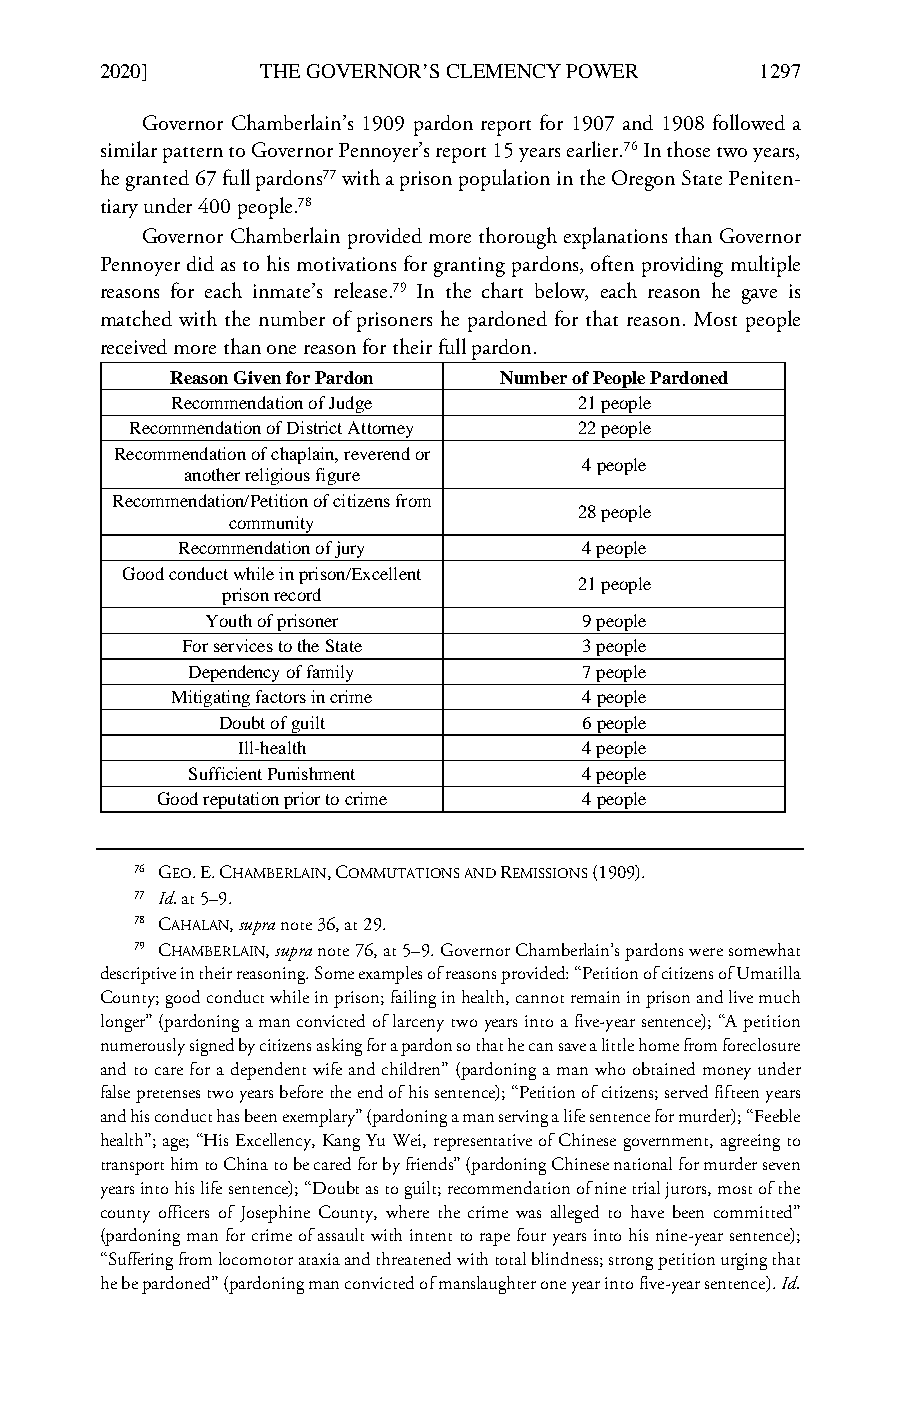
LCB_23_4_Art_4_Kaplan & Mayhew_Correction (Do Not Delete) 2/7/2020 2:20 PM
 2020]      THE GOVERNOR’S CLEMENCY POWER    1297
 Governor Chamberlain’s 1909 pardon report for 1907 and 1908 followed a
 similar pattern to Governor Pennoyer’s report 15 years earlier.76 In those two years,
 he granted 67 full pardons77 with a prison population in the Oregon State Peniten-
 tiary under 400 people.78
 Governor Chamberlain provided more thorough explanations than Governor
 Pennoyer did as to his motivations for granting pardons, often providing multiple
 reasons for each inmate’s release.79 In the chart below, each reason he gave is
 matched with the number of prisoners he pardoned for that reason. Most people
 received more than one reason for their full pardon.
 Reason Given for Pardon Number of People Pardoned
 Recommendation of Judge    21 people
 Recommendation of District Attorney 22 people
 Recommendation of chaplain, reverend or
 4 people
 another religious figure
 Recommendation/Petition of citizens from
 28 people
 community
 Recommendation of jury     4 people
 Good conduct while in prison/Excellent
 21 people
 prison record
 Youth of prisoner        9 people
 For services to the State  3 people
 Dependency of family      7 people
 Mitigating factors in crime 4 people
 Doubt of guilt          6 people
 Ill-health             4 people
 Sufficient Punishment     4 people
 Good reputation prior to crime 4 people
 76 GEO. E. CHAMBERLAIN, COMMUTATIONS AND REMISSIONS (1909).
 77 Id. at 5–9.
 78 CAHALAN, supra note 36, at 29.
 79 CHAMBERLAIN, supra note 76, at 5–9. Governor Chamberlain’s pardons were somewhat
 descriptive in their reasoning. Some examples of reasons provided: “Petition of citizens of Umatilla
 County; good conduct while in prison; failing in health, cannot remain in prison and live much
 longer” (pardoning a man convicted of larceny two years into a five-year sentence); “A petition
 numerously signed by citizens asking for a pardon so that he can save a little home from foreclosure
 and to care for a dependent wife and children” (pardoning a man who obtained money under
 false pretenses two years before the end of his sentence); “Petition of citizens; served fifteen years
 and his conduct has been exemplary” (pardoning a man serving a life sentence for murder); “Feeble
 health”; age; “His Excellency, Kang Yu Wei, representative of Chinese government, agreeing to
 transport him to China to be cared for by friends” (pardoning Chinese national for murder seven
 years into his life sentence); “Doubt as to guilt; recommendation of nine trial jurors, most of the
 county officers of Josephine County, where the crime was alleged to have been committed”
 (pardoning man for crime of assault with intent to rape four years into his nine-year sentence);
 “Suffering from locomotor ataxia and threatened with total blindness; strong petition urging that
 he be pardoned” (pardoning man convicted of manslaughter one year into five-year sentence). Id.